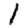
Digit: 1